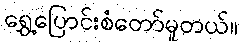
ရွှေ့ပြောင်းစံတော်မူတယ်။